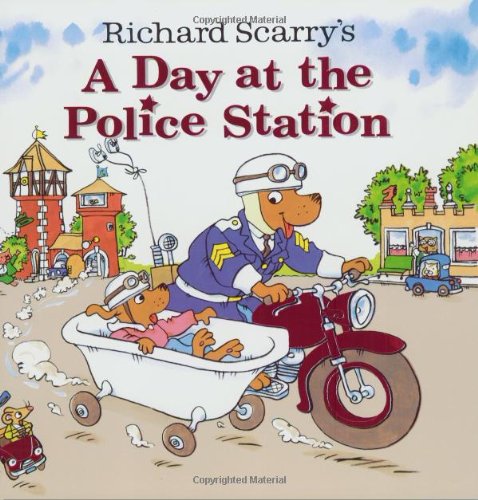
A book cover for Richard Scarry's A Day at the Police Station (Look-Look); Richard Scarry; Children's Books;